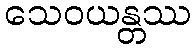
သေဝယန္တဿ